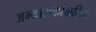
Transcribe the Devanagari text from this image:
अभ्यासकांकरिता